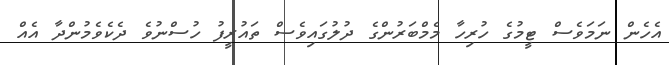
އެހެން ނަމަވެސް ޓީމުގެ ހުރިހާ މެމްބަރުންގެ ދުލުގައިވެސް ތައުރީފު ހުސްނުވެ ދެކެވެމުންދާ އެއް